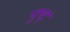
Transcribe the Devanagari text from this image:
पुष्ट्